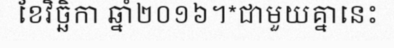
ខែវិច្ឆិកា ឆ្នាំ២០១៦។*ជាមួយគ្នានេះ